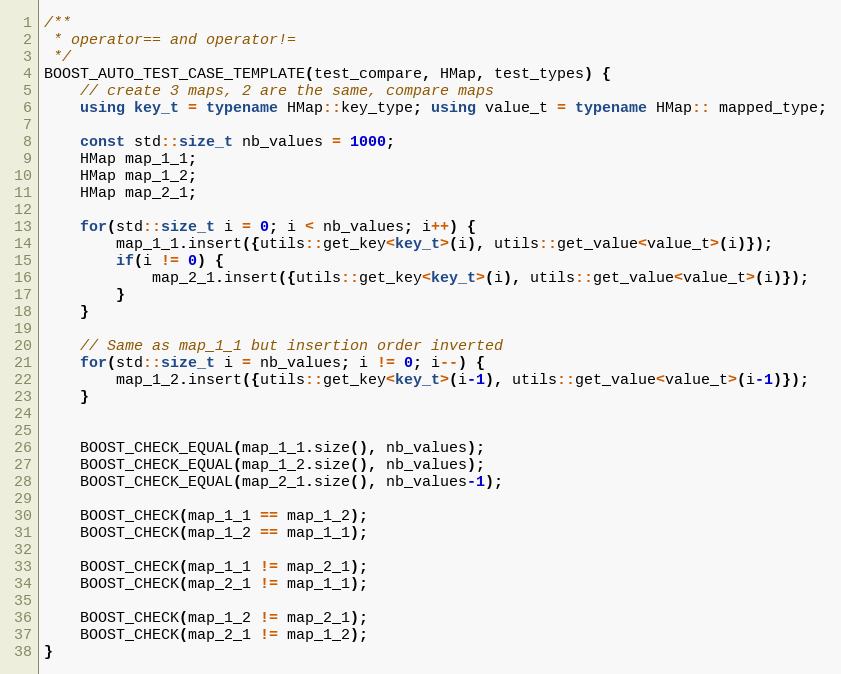
Language: C++
/**
 * operator== and operator!=
 */
BOOST_AUTO_TEST_CASE_TEMPLATE(test_compare, HMap, test_types) {
    // create 3 maps, 2 are the same, compare maps
    using key_t = typename HMap::key_type; using value_t = typename HMap:: mapped_type;

    const std::size_t nb_values = 1000;
    HMap map_1_1;
    HMap map_1_2;
    HMap map_2_1;

    for(std::size_t i = 0; i < nb_values; i++) {
        map_1_1.insert({utils::get_key<key_t>(i), utils::get_value<value_t>(i)});
        if(i != 0) {
            map_2_1.insert({utils::get_key<key_t>(i), utils::get_value<value_t>(i)});
        }
    }

    // Same as map_1_1 but insertion order inverted
    for(std::size_t i = nb_values; i != 0; i--) {
        map_1_2.insert({utils::get_key<key_t>(i-1), utils::get_value<value_t>(i-1)});
    }

    BOOST_CHECK_EQUAL(map_1_1.size(), nb_values);
    BOOST_CHECK_EQUAL(map_1_2.size(), nb_values);
    BOOST_CHECK_EQUAL(map_2_1.size(), nb_values-1);

    BOOST_CHECK(map_1_1 == map_1_2);
    BOOST_CHECK(map_1_2 == map_1_1);

    BOOST_CHECK(map_1_1 != map_2_1);
    BOOST_CHECK(map_2_1 != map_1_1);

    BOOST_CHECK(map_1_2 != map_2_1);
    BOOST_CHECK(map_2_1 != map_1_2);
}